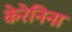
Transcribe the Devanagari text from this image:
केरेनिना